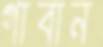
গাবান